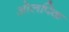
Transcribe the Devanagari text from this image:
ओलपिक